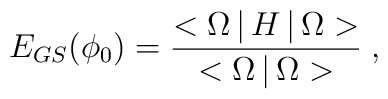
E_{GS}(\phi_0)={<\Omega\,|\,H\,|\,\Omega>\over {<\Omega\,|\,\Omega>}}\; ,